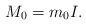
LaTeX: \begin{align*}M_0 = m_0 I.\end{align*}